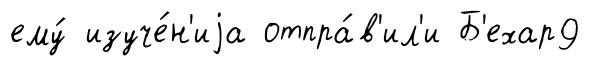
ему́ изуче́н'иjа отпра́в'ил'и Б'ехар9